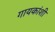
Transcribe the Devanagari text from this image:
गायकांशी